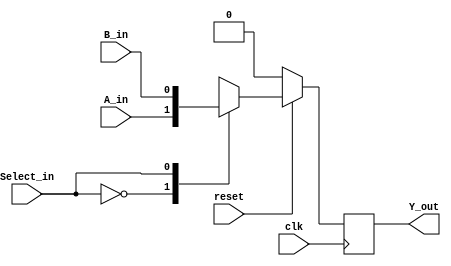
module mux_2x1_2 (
				  input 	 clk,
				  input 	 reset,
				  input 	 A_in,
				  input 	 B_in,
				  input 	 Select_in,
				  output reg Y_out
);

always @(posedge clk) begin
    if(~reset)
        Y_out <= 1'b0; 
    else begin
        case(Select_in)
            1'b0: Y_out <= A_in;
            1'b1: Y_out <= B_in;
        endcase
    end
end
    
endmodule